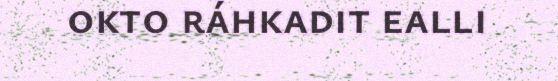
okto ráhkadit ealli